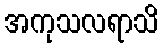
အကုသလရာသိ